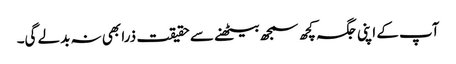
آپ کے اپنی جگہ کچھ سمجھ بیٹھنے سے حقیقت ذرا بھی نہ بدلے گی۔